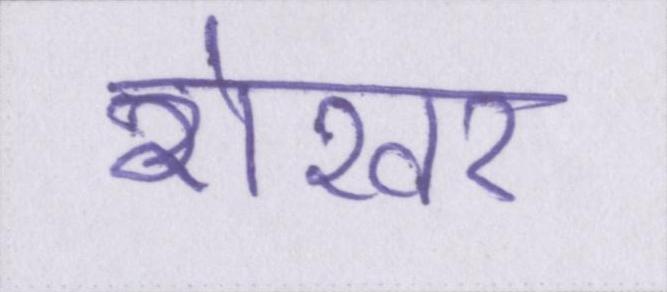
शेखर